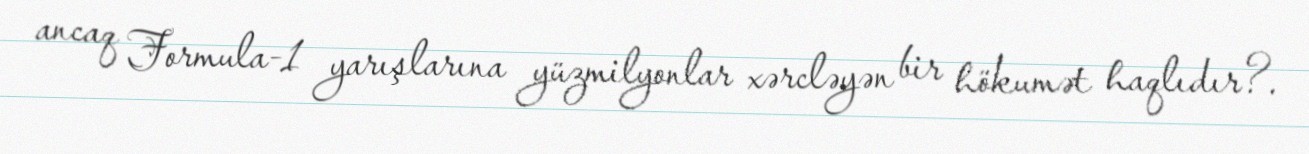
ancaq Formula-1 yarışlarına yüzmilyonlar xərcləyən bir hökumət haqlıdır?.